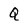
Character: Q